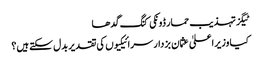
ٹیگزتہذیب حمار ڈونکی کنگ گدھا
کیا وزیراعلیٰ عثمان بزدار سرائیکیوں کی تقدیر بدل سکتے ہیں؟